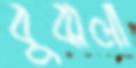
বুঝলা